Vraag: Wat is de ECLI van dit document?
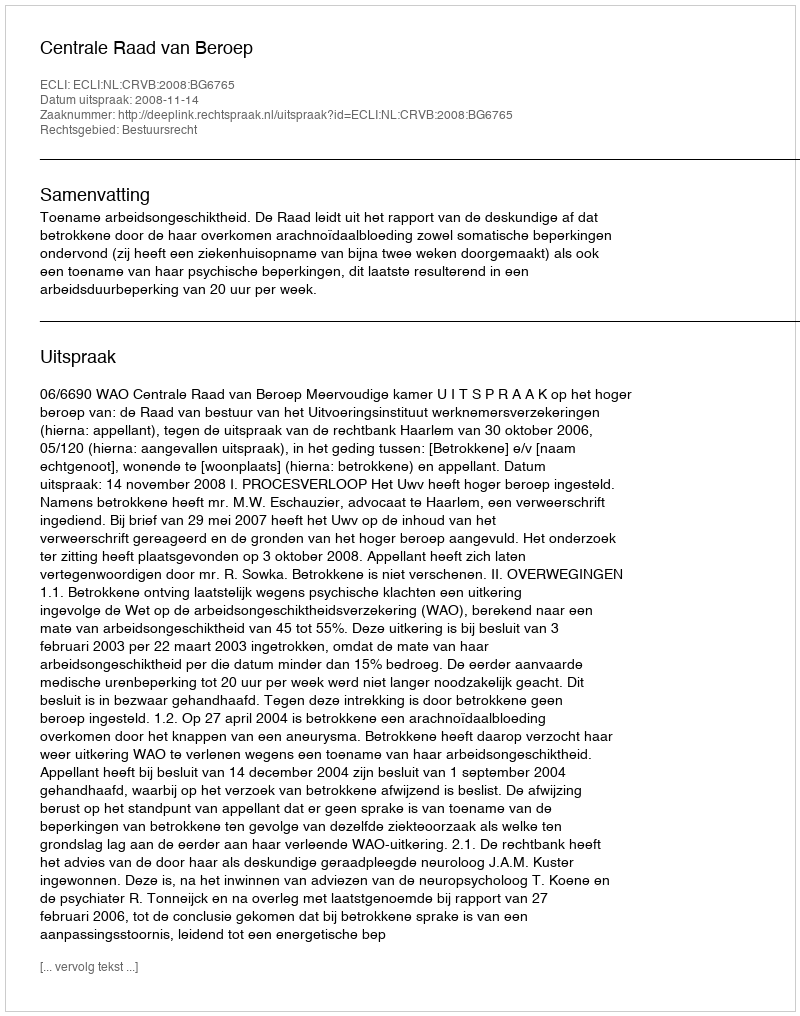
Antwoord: ECLI:NL:CRVB:2008:BG6765